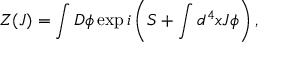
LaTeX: Z ( J ) = \int D \phi \exp i \left( S + \int d ^ { 4 } x J \phi \right) ,